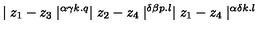
\mid z _ { 1 } - z _ { 3 } \mid ^ { \alpha \gamma k . q } \mid z _ { 2 } - z _ { 4 } \mid ^ { \delta \beta p . l } \mid z _ { 1 } - z _ { 4 } \mid ^ { \alpha \delta k . l }